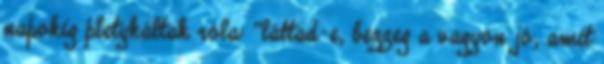
napokig pletykáltak róla: "láttad-e, bezzeg a vagyon jó, amit